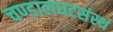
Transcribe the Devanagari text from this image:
चण्डालघटसंस्थं